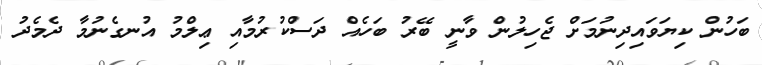
ބަހުން ކިޔަވައިދިނުމަށް ޖެހިލުން ވާނީ ބޭރު ބަހެއް ދަސްކުރުމާއި ޢިލްމު އުނގެނުމާ ދެމެދު